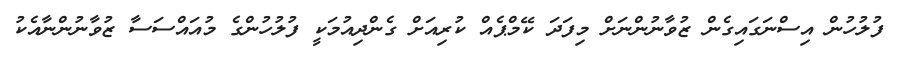
ފުލުހުން އިސްނަގައިގެން ޒުވާނުންނަށް މިފަދަ ކޭމްޕެއް ކުރިއަށް ގެންދިއުމަކީ ފުލުހުންގެ މުއައްސަސާ ޒުވާނުންނާއެކު